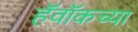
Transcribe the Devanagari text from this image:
हॅवॉकच्या